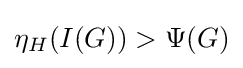
\eta _{H}(I(G))>\Psi (G)